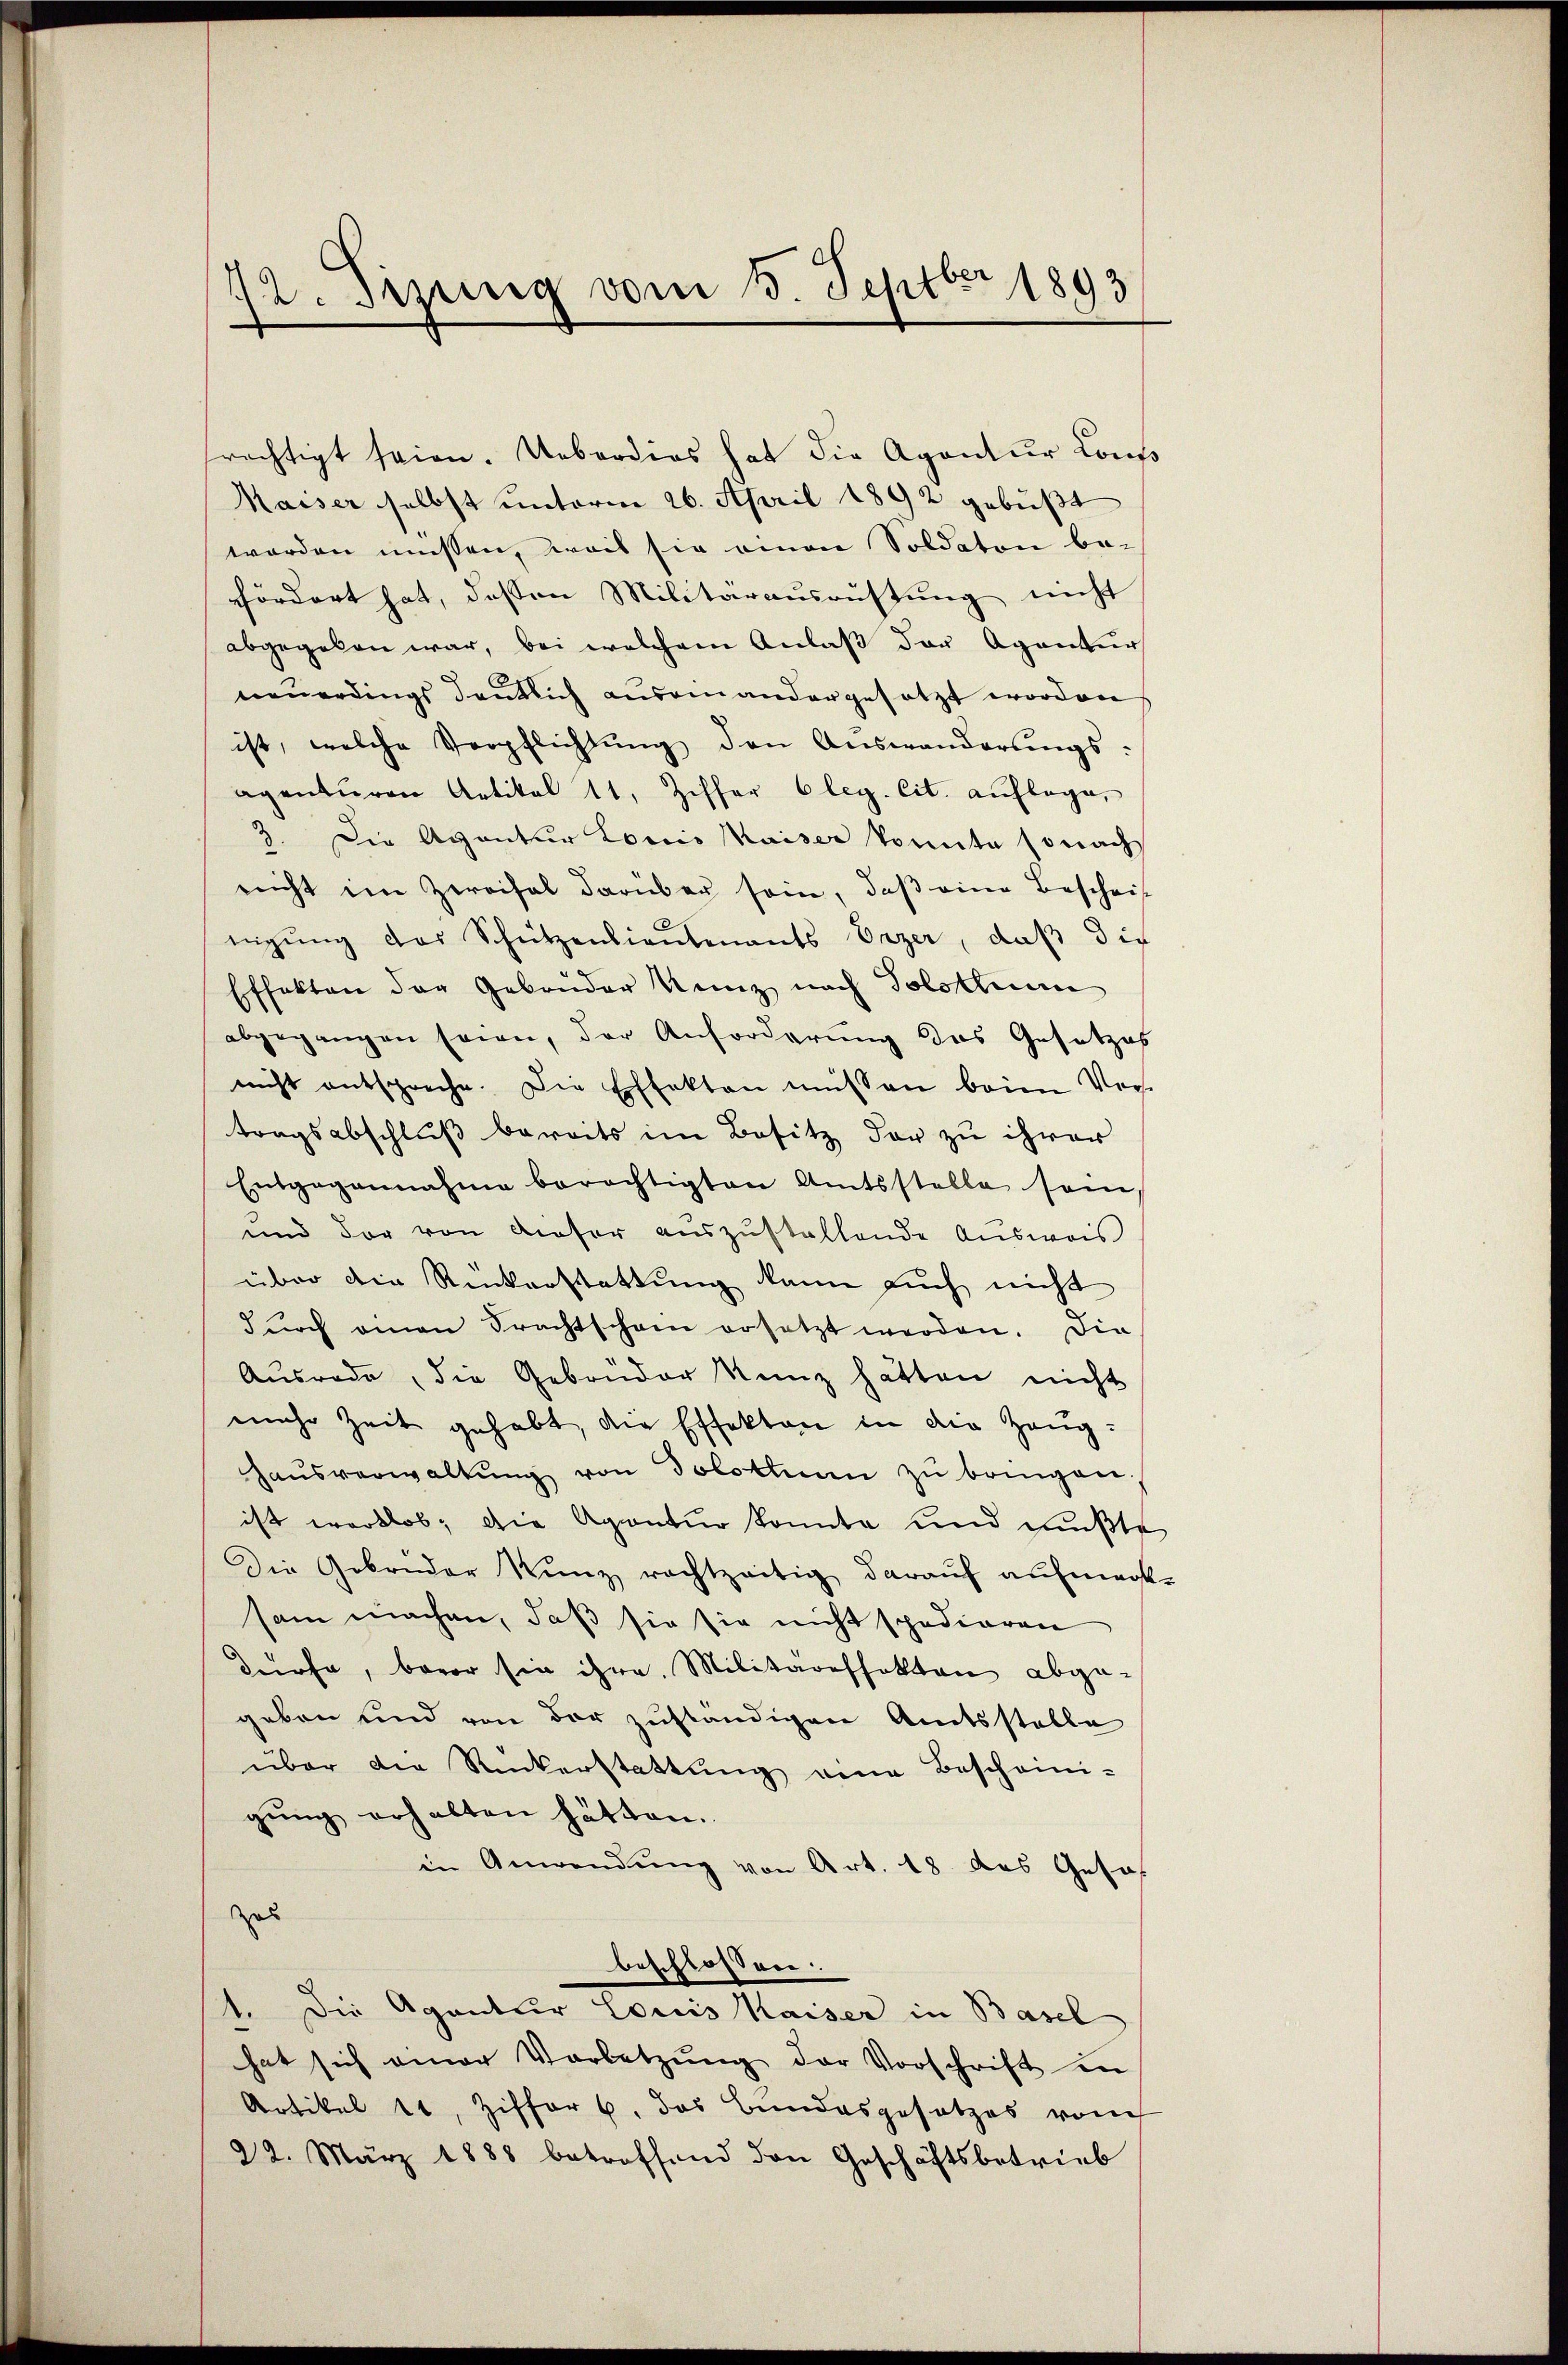
72. Sizung vom 1. Septbr 1893

fördert hat, deßen Militärausrüstung nicht
abgegeben war, bei welchem Anlaß der Agentur
neŭerdings deutlich aŭsam andergesetzt worden
ist, welche Verpflichtŭng den Auswanderungs-
aventŭren Artikel 11, Ziffer 6 leg. cit. aŭflage,
3. Die Agentur Louis Kaiser konnte sonach
reicht im Zweifel darüber sein, daβ eine Bescheit
nigung des Schützensiautenants Erzer, daß die
Effekten der Gebrüder Kunz nach Solothurn
abgegangen seien, der Anforderung das Gesetzes
nicht entspreche. Die Effekten müssen beim Ver-
tragsabschluß bereits im Besitz der zu ihrer
Entgegennahme berechtigten Amtsstelle sein,
und der von dieser aŭszŭstaltende Ausweis
über die Ruckerstattung kann auch nicht
durch einen Trachtschann ersetzt werden. Die
Ausrode, die Gebrüder Kunz hätten nicht
mehr Zeit gehabt, die Effekten in die Zeug¬
Haŭsverwaltŭng von Solothum zŭ bringen;
ist wertlos; die Agentur konnte und mußte
Die Gebrüder Kunz rechtzeitig darauf aufmerk-
sam machen, daß sie sie nicht spedieren
dürfe, bevor sie ihre Militäreffekten abge-
geben und von der zuständigen Amtsstelle
über die Rückerstattŭng eine Bescheini-
gung erhalten hätten.
in Anwendŭng von Art. 18 des Gesa
zus
beschlossen.
1. Die Agantier Louis Kaiser in Basel
hat sich einer Vorletzŭng der Vorschrift in
Artikel 11, Ziffer, das Bundesgesetzes von
22. März 1888 betreffend den Geschäftsbetrieb

rächtigt seien. Ueberdies hat die Agentur Cons
Maiser selbst unterm 26. April 1892 gebüßt
worden müssen, weil sie einen Soldaten be-